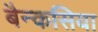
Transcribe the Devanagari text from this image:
बैन्कसिया